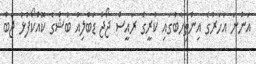
އަންނަ އަހަރުގެ އިންތިހާބުގައި ކުރީގެ ރައީސް ޖޯޖް ޑަބްލިއު ބުޝްގެ ކޮއްކޯފުޅު ޖެބް